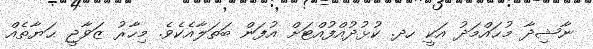
ނާޝިދާ މުޙައްމަދު އަކީ ހދ. ކުޅުދުއްފުއްޓަށް އުފަން ބަތަލާއެކެވެ. މިހާރު ޒަވާޖީ ޙަޔާތެއް